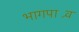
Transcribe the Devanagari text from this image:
भागपाश्र्व